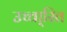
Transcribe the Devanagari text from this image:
उच्चा्रित